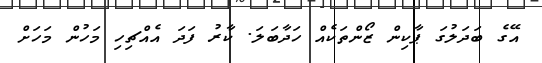
އޭގެ ބަދަލުގަ ޕާކިން ޒޯންތަކެއް ހަދާބަލަ. ކާރު ފަދަ އެއްޗިހި މަހުން މަހަށް